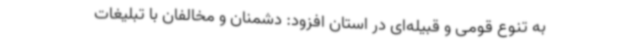
به تنوع قومی و قبیله‌ای در استان افزود: دشمنان و مخالفان با تبلیغات